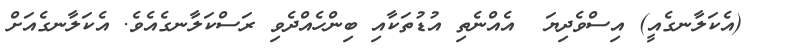
(އެކަލާނގެއީ) އިސްވެދިޔަ  އެއްނެތި އުޑުތަކާއި ބިންހެއްދެވި ރަސްކަލާނގެއެވެ. އެކަލާނގެއަށް